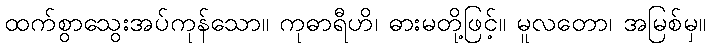
ထက်စွာသွေးအပ်ကုန်သော။ ကုဓာရီဟိ၊ ဓားမတို့ဖြင့်။ မူလတော၊ အမြစ်မှ။